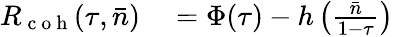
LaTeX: \begin{array}{rl}{R_{\mathrm{~c~o~h~}}(\tau,\bar{n})}&{{}=\Phi(\tau)-h\left(\frac{\bar{n}}{1-\tau}\right)}\end{array}